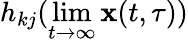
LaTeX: h_{kj}(\operatorname*{lim}_{t\rightarrow\infty}\mathbf{x}(t,\tau))